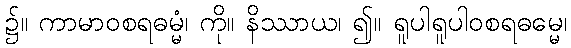
၌။ ကာမာဝစရဓမ္မံ၊ ကို။ နိဿာယ၊ ၍။ ရူပါရူပါဝစရဓမ္မေ၊